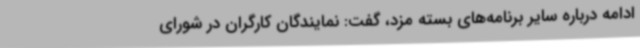
ادامه درباره سایر برنامه‌های بسته مزد، گفت: نمایندگان کارگران در شورای